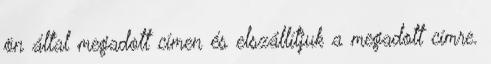
ön által megadott címen és elszállítjuk a megadott címre.